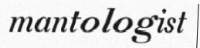
mantologist